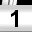
Digit: 1